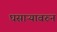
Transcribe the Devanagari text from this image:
घसाऱ्यावरुन